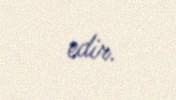
edir.